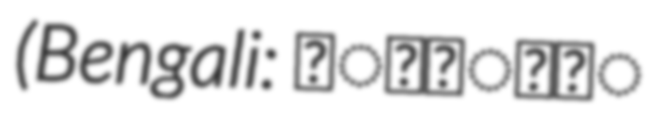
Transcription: (Bengali: জাতীয়